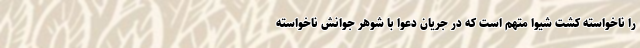
را ناخواسته کشت شیوا متهم است که در جریان دعوا با شوهر جوانش ناخواسته